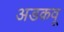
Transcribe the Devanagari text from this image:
अडकवू